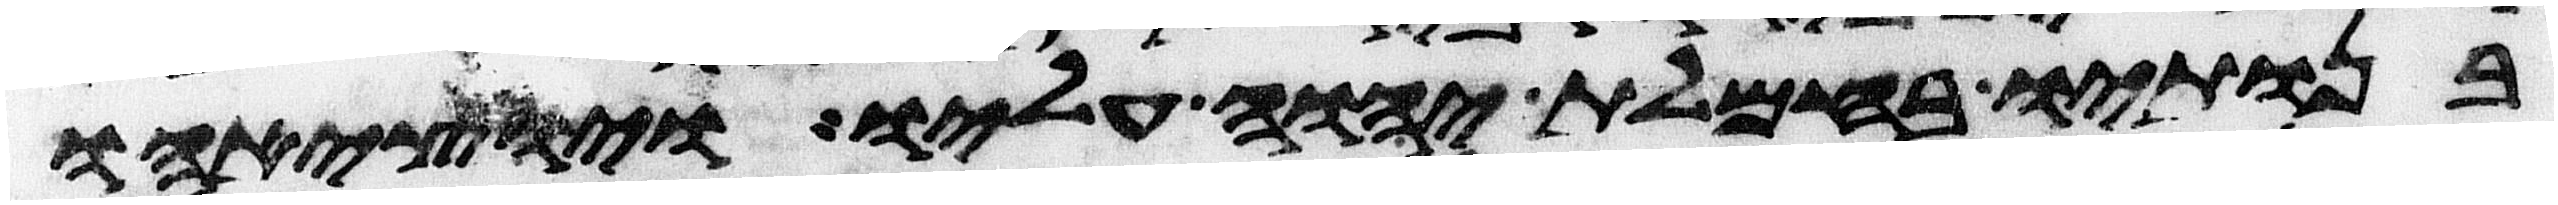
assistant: בנתיו בחמלת יהוה עליו ויוציאהו